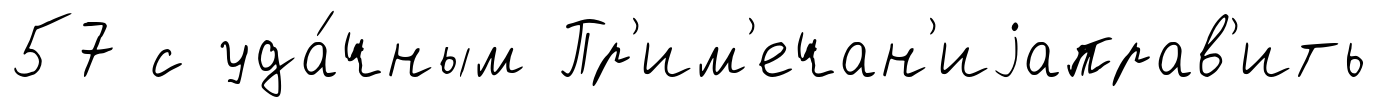
57 с уда́чным Пр'им'ечан'иjаправ'ить